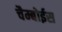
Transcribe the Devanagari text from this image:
चैम्बोईस